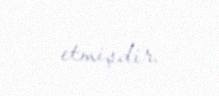
etmişdir.